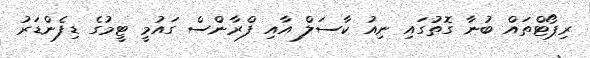
ރިޕޯޓްތައް ބުނާ ގޮތުގައި ނިއު ކާސަލް އާއި ފްރާންސް ގައުމީ ޓީމުގެ ޑިފެންޑަރު